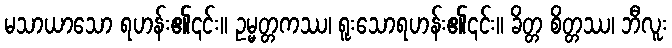
မသာယာသော ရဟန်း၏၎င်း။ ဥမ္မတ္တကဿ၊ ရူးသောရဟန်း၏၎င်း။ ခိတ္တ စိတ္တဿ၊ ဘီလူး